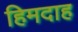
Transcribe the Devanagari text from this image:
हिमदाह